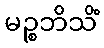
မဉ္စဘိသိံ